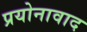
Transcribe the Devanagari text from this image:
प्रयोनावाद